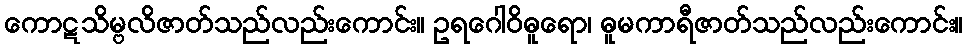
ကောဋသိမ္ဗလိဇာတ်သည်လည်းကောင်း။ ဥရဂေါဝိဓူရော၊ ဓူမကာရီဇာတ်သည်လည်းကောင်း။